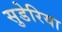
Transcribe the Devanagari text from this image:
सुडेरिया